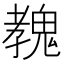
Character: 𩳔